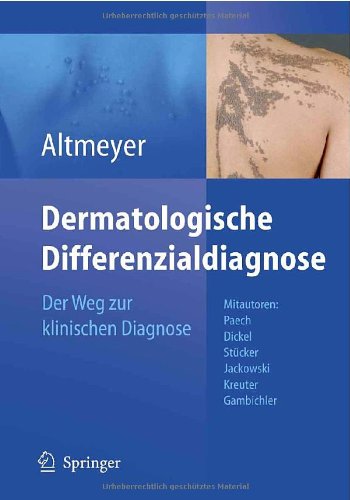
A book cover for Dermatologische Differenzialdiagnose: Der Weg zur klinischen Diagnose (German Edition); Peter Altmeyer; Medical Books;